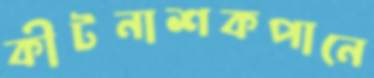
কীটনাশকপানে